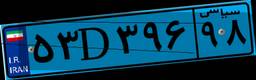
۵۳D۳۹۶۹۸